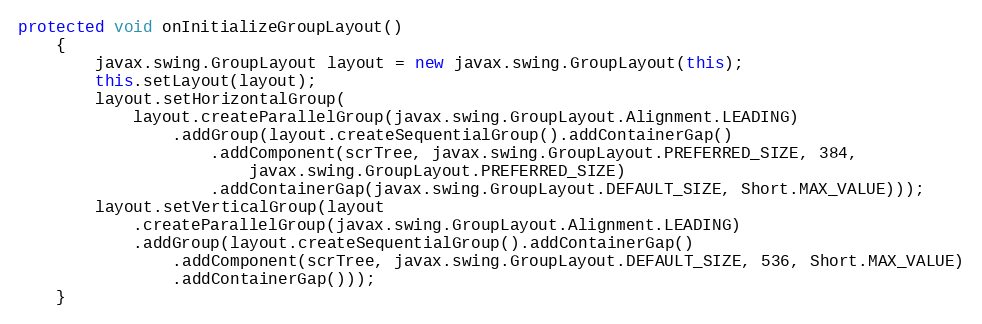
Language: Java
protected void onInitializeGroupLayout()
	{
		javax.swing.GroupLayout layout = new javax.swing.GroupLayout(this);
		this.setLayout(layout);
		layout.setHorizontalGroup(
			layout.createParallelGroup(javax.swing.GroupLayout.Alignment.LEADING)
				.addGroup(layout.createSequentialGroup().addContainerGap()
					.addComponent(scrTree, javax.swing.GroupLayout.PREFERRED_SIZE, 384,
						javax.swing.GroupLayout.PREFERRED_SIZE)
					.addContainerGap(javax.swing.GroupLayout.DEFAULT_SIZE, Short.MAX_VALUE)));
		layout.setVerticalGroup(layout
			.createParallelGroup(javax.swing.GroupLayout.Alignment.LEADING)
			.addGroup(layout.createSequentialGroup().addContainerGap()
				.addComponent(scrTree, javax.swing.GroupLayout.DEFAULT_SIZE, 536, Short.MAX_VALUE)
				.addContainerGap()));
	}